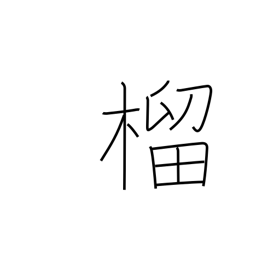
Meaning: pomegranate